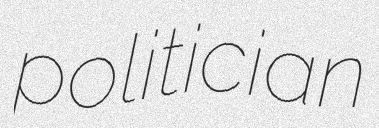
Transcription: politician